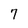
Character: 7